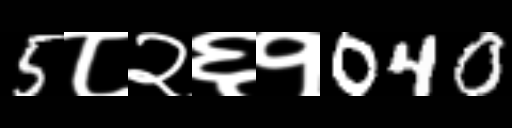
Text: 5८२६१040